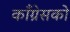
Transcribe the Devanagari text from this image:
काँग्रेसको